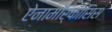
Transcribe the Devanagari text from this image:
ऐनामॉर्फोसिस